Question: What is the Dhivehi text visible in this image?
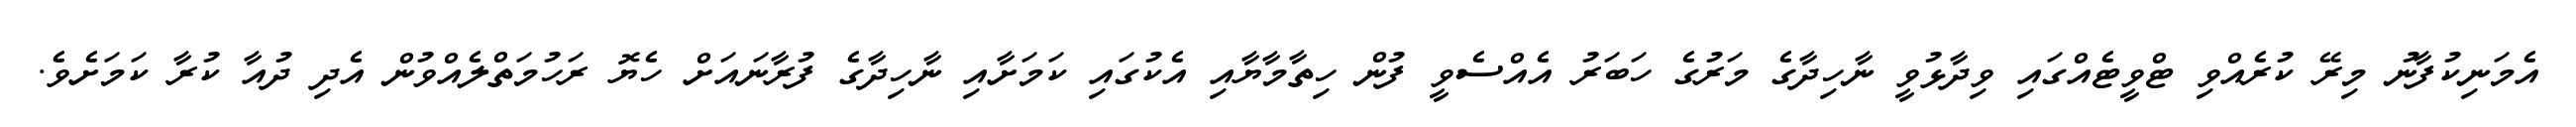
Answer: އެމަނިކުފާނު މިރޭ ކުރެއްވި ޓްވީޓެއްގައި ވިދާޅުވީ ނާހިދާގެ މަރުގެ ހަބަރު އެއްސެވީ ފުން ހިތާމާޔާއި އެކުގައި ކަމަށާއި ނާހިދާގެ ފުރާނައަށް ހެޔޮ ރަހުމަތްލެއްވުން އެދި ދުއާ ކުރާ ކަމަށެވެ.